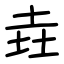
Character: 垚